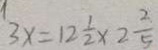
3 x = 1 2 \frac { 1 } { 2 } \times 2 \frac { 2 } { 5 }